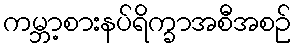
ကမ္ဘာ့စားနပ်ရိက္ခာအစီအစဉ်